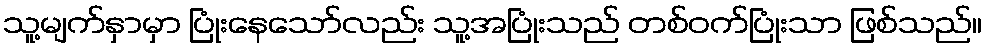
သူ့မျက်နှာမှာ ပြုံးနေသော်လည်း သူ့အပြုံးသည် တစ်ဝက်ပြုံးသာ ဖြစ်သည်။